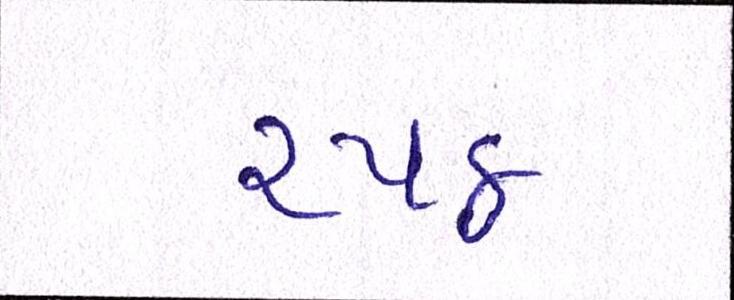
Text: ૨૫૪